Annual report on the lock hospitals of the Madras Presidency
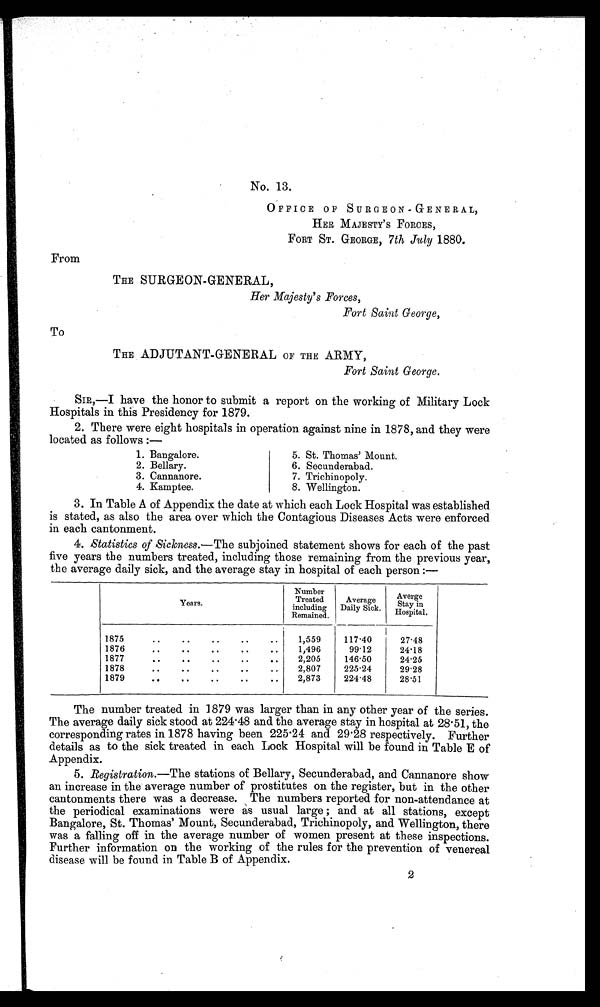
No. 13.
OFFICE OF SURGEON-GENERAL,
HER MAJESTY' S FORCES,
FORT ST. GEORGE, 7th July 1880.
From
THE SURGEON-GENERAL,
Her Majesty's Forces,
Fort Saint George,
To
THE ADJUTANT-GENERAL OF THE ARMY,
Fort Saint George.
Sin,—I have the honor to submit a report on the working of Military Lock
Hospitals in this Presidency for 1879.
2. There were eight hospitals in operation against nine in 1878, and they were
located as follows :—
1. Bangalore.
5. St. Thomas' Mount.
2. Bellary.
6. Secunderabad.
3. Cannanore.
7. Trichinopoly.
4. Kamptee.
8. Wellington.
.
3. In Table A of Appendix the date at which each Lock Hospital was established
is stated, as also the area over which the Contagious Diseases Acts were enforced
in each cantonment.
4. Statistics of Sickness.—The subjoined statement shows for each of the past
five years the numbers treated, including those remaining from the previous year,
the average daily sick, and the average stay in hospital of each person :—
Years.
Number
Treated
including
Remained.
Average
Daily Sick.
Averge
Stay in
Hospital.
1875
6
1,559
117'40
27'48
1876
4
.
.
1,496
99'12
24'18
1877
..
..
..
..
..
2,205
146'50
24'25
1878
..
..
..
..
2,807
225.24
29'28
1879
.
.
2,873
224'48
28'51
The number treated in 1879 was larger than in any other year of the series.
The average daily sick stood at 224 .48 and the average stay in hospital at 28 . 51, the
corresponding rates in 1878 having been 225 .24 and 29 . 28 respectively. Further
details as to the sick treated in each Lock Hospital will be found in Table E of
Appendix.
5. Registration.—The stations of Bellary, Secunderabad, and Cannanore show
an increase in the average number of prostitutes on the register, but in the other
cantonments there was a decrease. The numbers reported for non-attendance at
the periodical examinations were as usual large;. and . at all stations, except
Bangalore, St. Thomas' Mount, Secunderabad, Trichinopoly, and Wellington, there
was a falling off in the average number of women present at these inspections.
Further information on the working of the rules for the prevention of venereal
disease will be found in Table B of Appendix.
2